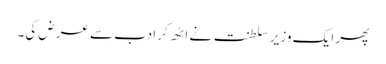
پھر ایک وزیر سلطنت نے اٹھ کر ادب سے عرض کی۔